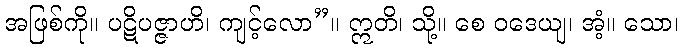
အဖြစ်ကို။ ပဋိပဇ္ဇာဟိ၊ ကျင့်လော”။ ဣတိ၊ သို့။ စေ ဝဒေယျ၊ အံ့။ သော၊